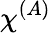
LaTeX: {\chi\smash[t]{\mathstrut}}^{(A)}